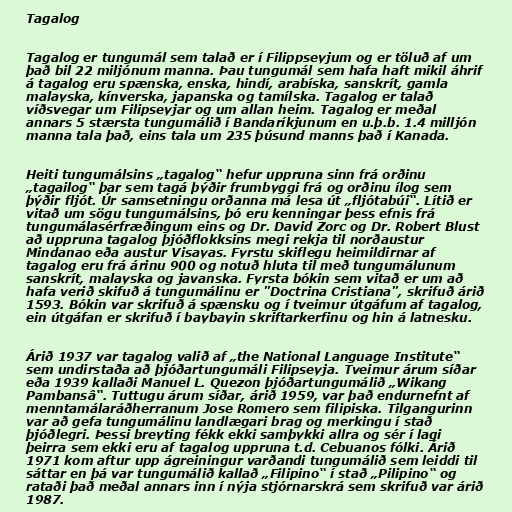
Tagalog

Tagalog er tungumál sem talað er í Filippseyjum og er töluð af um
það bil 22 miljónum manna. Þau tungumál sem hafa haft mikil áhrif
á tagalog eru spænska, enska, hindí, arabíska, sanskrít, gamla
malayska, kínverska, japanska og tamílska. Tagalog er talað
víðsvegar um Filipseyjar og um allan heim. Tagalog er meðal
annars 5 stærsta tungumálið í Bandaríkjunum en u.þ.b. 1.4 milljón
manna tala það, eins tala um 235 þúsund manns það í Kanada.

Heiti tungumálsins „tagalog“ hefur uppruna sinn frá orðinu
„tagailog“ þar sem tagá þýðir frumbyggi frá og orðinu ílog sem
þýðir fljót. Úr samsetningu orðanna má lesa út „fljótabúi“. Lítið er
vitað um sögu tungumálsins, þó eru kenningar þess efnis frá
tungumálasérfræðingum eins og Dr. David Zorc og Dr. Robert Blust
að uppruna tagalog þjóðflokksins megi rekja til norðaustur
Mindanao eða austur Visayas. Fyrstu skiflegu heimildirnar af
tagalog eru frá árinu 900 og notuð hluta til með tungumálunum
sanskrít, malayska og javanska. Fyrsta bókin sem vitað er um að
hafa verið skifuð á tungumálinu er "Doctrina Cristiana", skrifuð árið
1593. Bókin var skrifuð á spænsku og í tveimur útgáfum af tagalog,
ein útgáfan er skrifuð í baybayin skriftarkerfinu og hin á latnesku.

Árið 1937 var tagalog valið af „the National Language Institute“
sem undirstaða að þjóðartungumáli Filipseyja. Tveimur árum síðar
eða 1939 kallaði Manuel L. Quezon þjóðartungumálið „Wikang
Pambansâ“. Tuttugu árum síðar, árið 1959, var það endurnefnt af
menntamálaráðherranum Jose Romero sem filipiska. Tilgangurinn
var að gefa tungumálinu landlægari brag og merkingu í stað
þjóðlegri. Þessi breyting fékk ekki samþykki allra og sér í lagi
þeirra sem ekki eru af tagalog uppruna t.d. Cebuanos fólki. Árið
1971 kom aftur upp ágreiningur varðandi tungumálið sem leiddi til
sáttar en þá var tungumálið kallað „Filipino“ í stað „Pilipino“ og
rataði það meðal annars inn í nýja stjórnarskrá sem skrifuð var árið
1987.